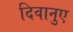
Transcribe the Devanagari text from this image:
दिवानुए